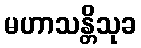
မဟာသန္တိသုခ